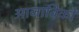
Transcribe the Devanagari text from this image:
आजाविकों